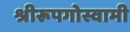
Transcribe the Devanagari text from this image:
श्रीरूपगोस्वामी